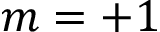
m = + 1